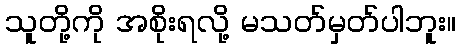
သူတို့ကို အစိုးရလို့ မသတ်မှတ်ပါဘူး။